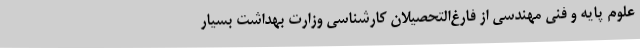
علوم پایه و فنی مهندسی از فارغ‌التحصیلان کارشناسی وزارت بهداشت بسیار